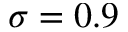
\sigma = 0 . 9